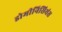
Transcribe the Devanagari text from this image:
डोमीनिसियंस